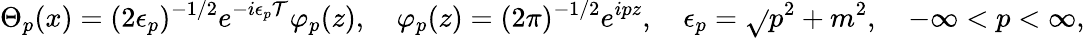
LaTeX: \Theta_{p}(x)=(2\epsilon_{p})^{-1/2}e^{-i\epsilon_{p}\mathcal{T}}\varphi_{p}(z),\quad\varphi_{p}(z)=(2\pi)^{-1/2}e^{ipz},\quad\epsilon_{p}=\sqrt{}{{p^{2}+m^{2}}},\quad-\infty<p<\infty,